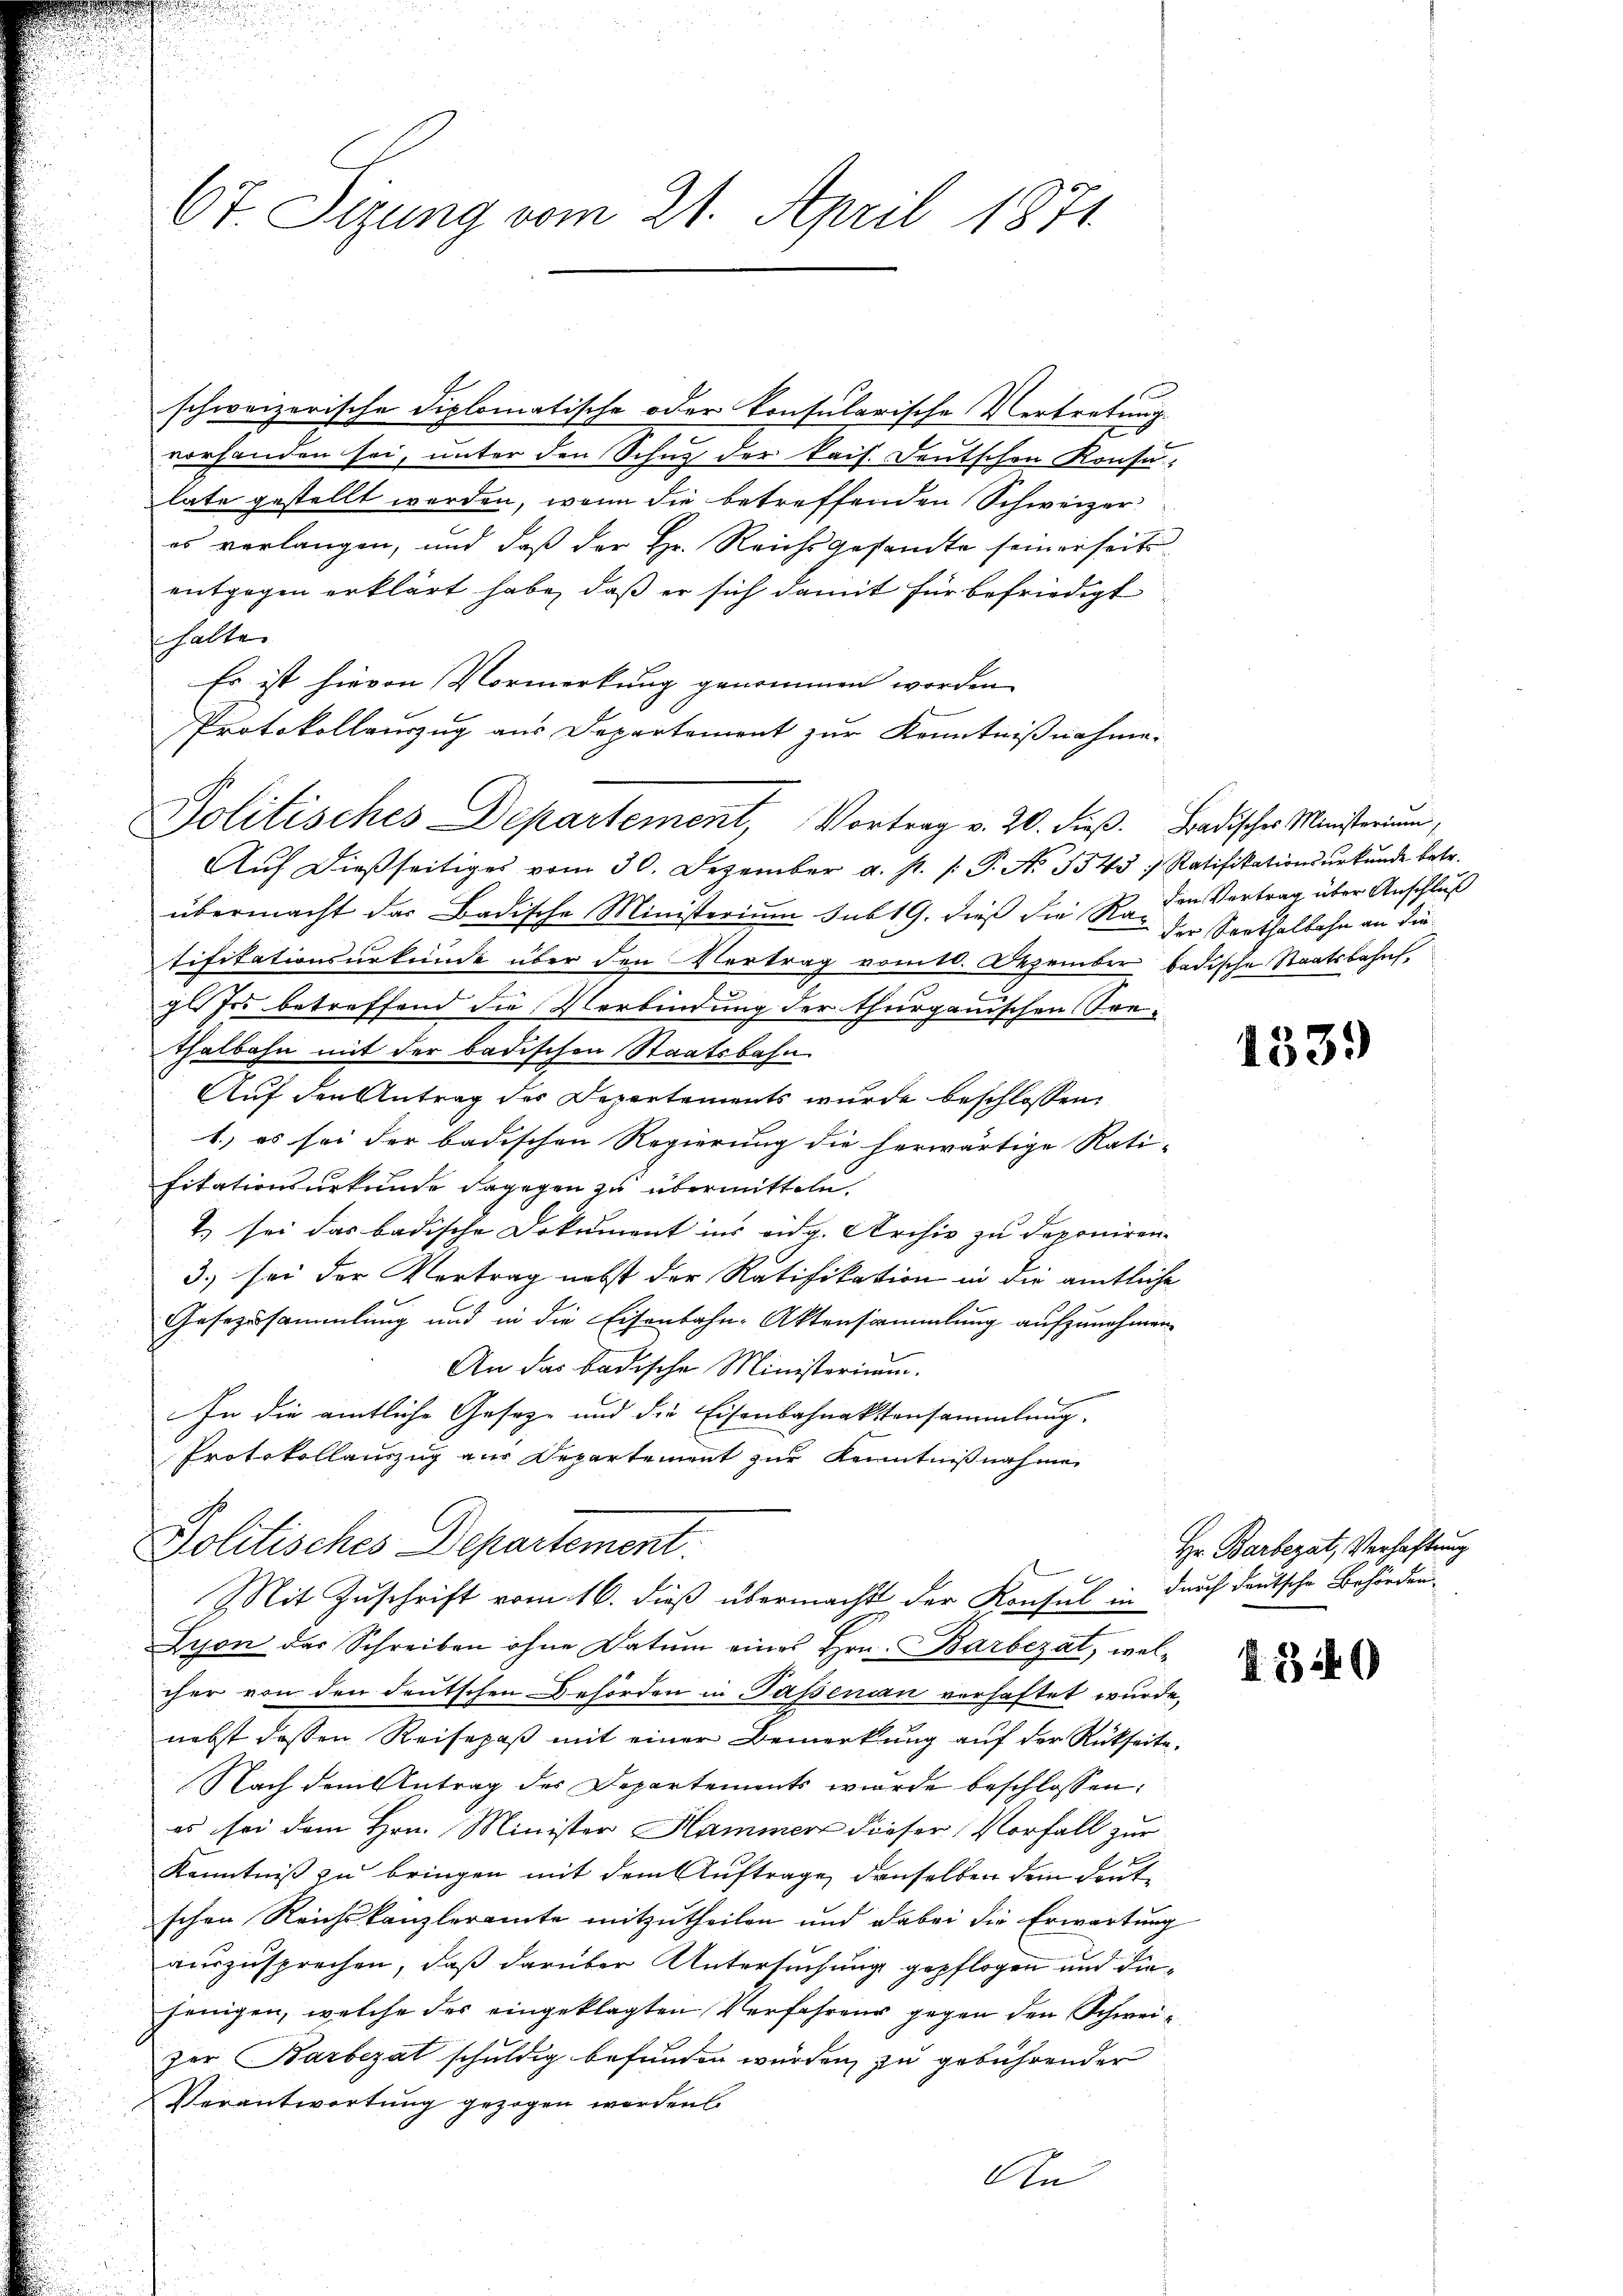
67. Sizung vom 21. April 1871

schweizerische diplomatische oder Konsularische Vertretung.
vorhanden sei, unter den Schutz der kais. Deutschen Konsulate gestellt werden, wenn die betreffenden Schweizeres verlangen, und daß der Hr. Reichs gestandte seinerseits
entgegen erklärt habe, daß er sich damit für befriedigt
halte
Es ist hievon Vormerkung genommen worden
Protokollauszug aus Departement zur Kenntnißnahme.
Politisches Departement, Vortrag v. 20. dieß. Badischer Ministerium,
Aŭf dießseitiges vom 30. Dezember a. p. /: P. Nr. 5545) Ratifikationsŭrkŭnde betr.
übermacht das Badische Ministerium sub 19. dieß die Ra-
tifikationsurkunde über den Vertrag vom 10. Dezember badische Staatsbahnfgl Iro betreffend die Verbindung der thurgauischen Son¬
Thalbahn mit der badischen Staatsbahn
Auf den Antrag des Departements wurde beschlossen:
1.) es sei der badischen Regierung die herwärtige Rati-
fitationsurkunde dagegen zu übermitteln.
1. sei das badische Dokument ins eidg. Archiv zu deponiren-
3.) sei der Vertrag nebst der Ratifikation in die amtliche
Gesezessammlung und in die Eisenbahn-Aktensammlung aufzunehmen.
An das badische Ministerium.
In die amtliche Geseze und die Eisenbahnaktensammlung.
Protokollauszug aus Departement zur Kenntnißnahme
Politisches Departement:
Mit Zuschrift vom 16. dieß übermacht der Konsul in durch deutsche Behörden
Gyon der Schreiben ohne Datum eines Hrn. Barbezat, welcher von den deutschen Behörden in Passenian verhaftet wurde.
nebst dessen Reisepaß mit einer Bemerkung auf der Rückseite,
Nach dem Antrag des Departements wurde beschlossen:
es sei dem Hrn. Minister Hammer dieser Vorfall zur
Kenntniß zu bringen mit dem Auftrage denselben den deut
schen Reichskanzleramte mitzutheilen und dabei die Erwartung
auszusprechen, daß darüber Untersuchung gepflogen und diejenigen, welche des eingeklagten Verfahrens gegen den Schweizer Barbezat schuldig befunden würden, zu gebührender
Verantwortung gezogen worden.
An

den Vertrag über Anschluß
der Sorthalbahn an die

1339

Hr. Barbezat, Verhaftung

340